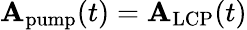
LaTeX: \mathbf{A}_{\textrm{pump}}(t)=\mathbf{A}_{\textrm{LCP}}(t)